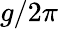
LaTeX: g/2\pi